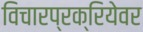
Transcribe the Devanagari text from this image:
विचारप्रक्रियेवर